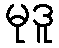
မုဒူ